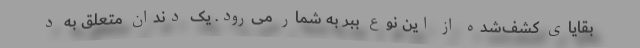
بقایای کشف‌شده از این نوع ببر به شمار می‌رود. یک دندان متعلق به د